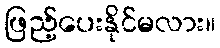
ဖြည့်ပေးနိုင်မလား။